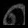
Digit: ၈